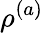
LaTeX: \rho^{(a)}